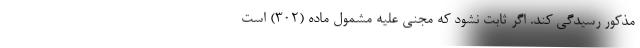
مذکور رسیدگی کند. اگر ثابت نشود که مجنی علیه مشمول ماده (۳۰۲) است